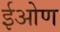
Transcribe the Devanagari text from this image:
ईओण